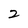
Character: 2